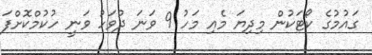
ގައުމުގެ ކޯޓަކުން މިދިޔަ މެއި މަހު 9 ވަނަ ދުވަހު ވަނީ ހުކުމްކޮށްފަ